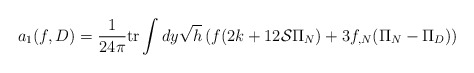
\begin{align*}a_1(f,D)=\frac 1{24\pi}{\rm tr} \int dy \sqrt{h}\left( f(2k +12{\cal S}\Pi_N ) +3f_{,N}(\Pi_N -\Pi_D)\right) \end{align*}